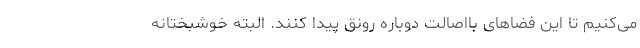
می‌کنیم تا این فضاهای بااصالت دوباره رونق پیدا کنند. البته خوشبختانه